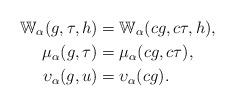
LaTeX: \begin{align*}\mathbb{W}_{\alpha}(g,\tau,h)&= \mathbb{W}_{\alpha}(cg,c\tau,h),\\\mu_{\alpha}(g,\tau)&=\mu_{\alpha}(cg, c\tau),\\\upsilon_{\alpha}(g,u)&=\upsilon_{\alpha}(cg).\end{align*}